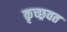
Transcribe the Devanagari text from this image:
कृच्छ्रवत